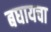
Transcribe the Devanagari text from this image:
बघायचा